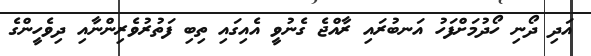
އަދި ދޯނި ހޯދުމަށްފަހު އަނބުރައި ރާއްޖެ ގެނުވީ އެއިގައި ތިބި ފަތުރުވެރިންނާއި ދިވެހީީންގެ